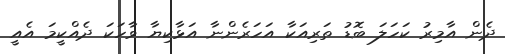
ދެން އާމިރު ކަހަލަ ބޮޑު ތަރިއަކާ އަހަރެންނާ އަޅާކިޔާ ވާހަކަ ދެއްކީމަ އެއީ